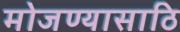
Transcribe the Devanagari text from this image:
मोजण्यासाठि